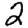
Digit: 2